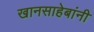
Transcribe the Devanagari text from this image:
खानसाहेबांनी